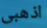
اذهبى